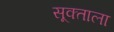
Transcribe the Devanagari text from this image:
सूक्ताला